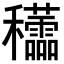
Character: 𥤜